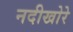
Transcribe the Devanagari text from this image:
नदीखोरे